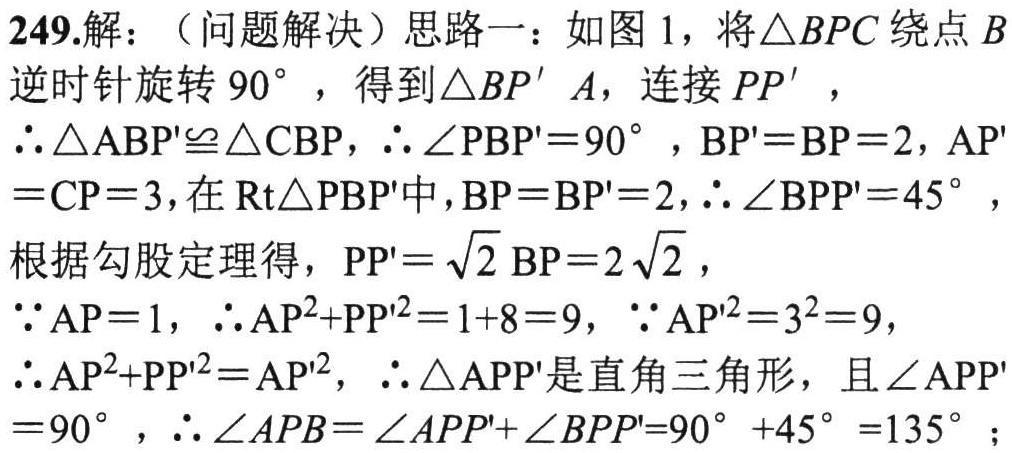
249.解：（问题解决）思路一：如图1，将\(\triangle BPC\)绕点\(B\)逆时针旋转\(90^{\circ}\)，得到\(\triangle BP'A\)，连接\(PP'\)，
\(\therefore\triangle ABP'\cong\triangle CBP\)，\(\therefore\angle PBP' = 90^{\circ}\)，\(BP' = BP = 2\)，\(AP'=CP = 3\)，在\(\text{Rt}\triangle PBP'\)中，\(BP = BP' = 2\)，\(\therefore\angle BPP' = 45^{\circ}\)，
根据勾股定理得，\(PP'=\sqrt{2}BP = 2\sqrt{2}\)，
\(\because AP = 1\)，\(\therefore AP^{2}+PP'^{2}=1 + 8 = 9\)，\(\because AP'^{2}=3^{2}=9\)，
\(\therefore AP^{2}+PP'^{2}=AP'^{2}\)，\(\therefore\triangle APP'\)是直角三角形，且\(\angle APP'=90^{\circ}\)，\(\therefore\angle APB=\angle APP'+\angle BPP'=90^{\circ}+45^{\circ}=135^{\circ}\)；